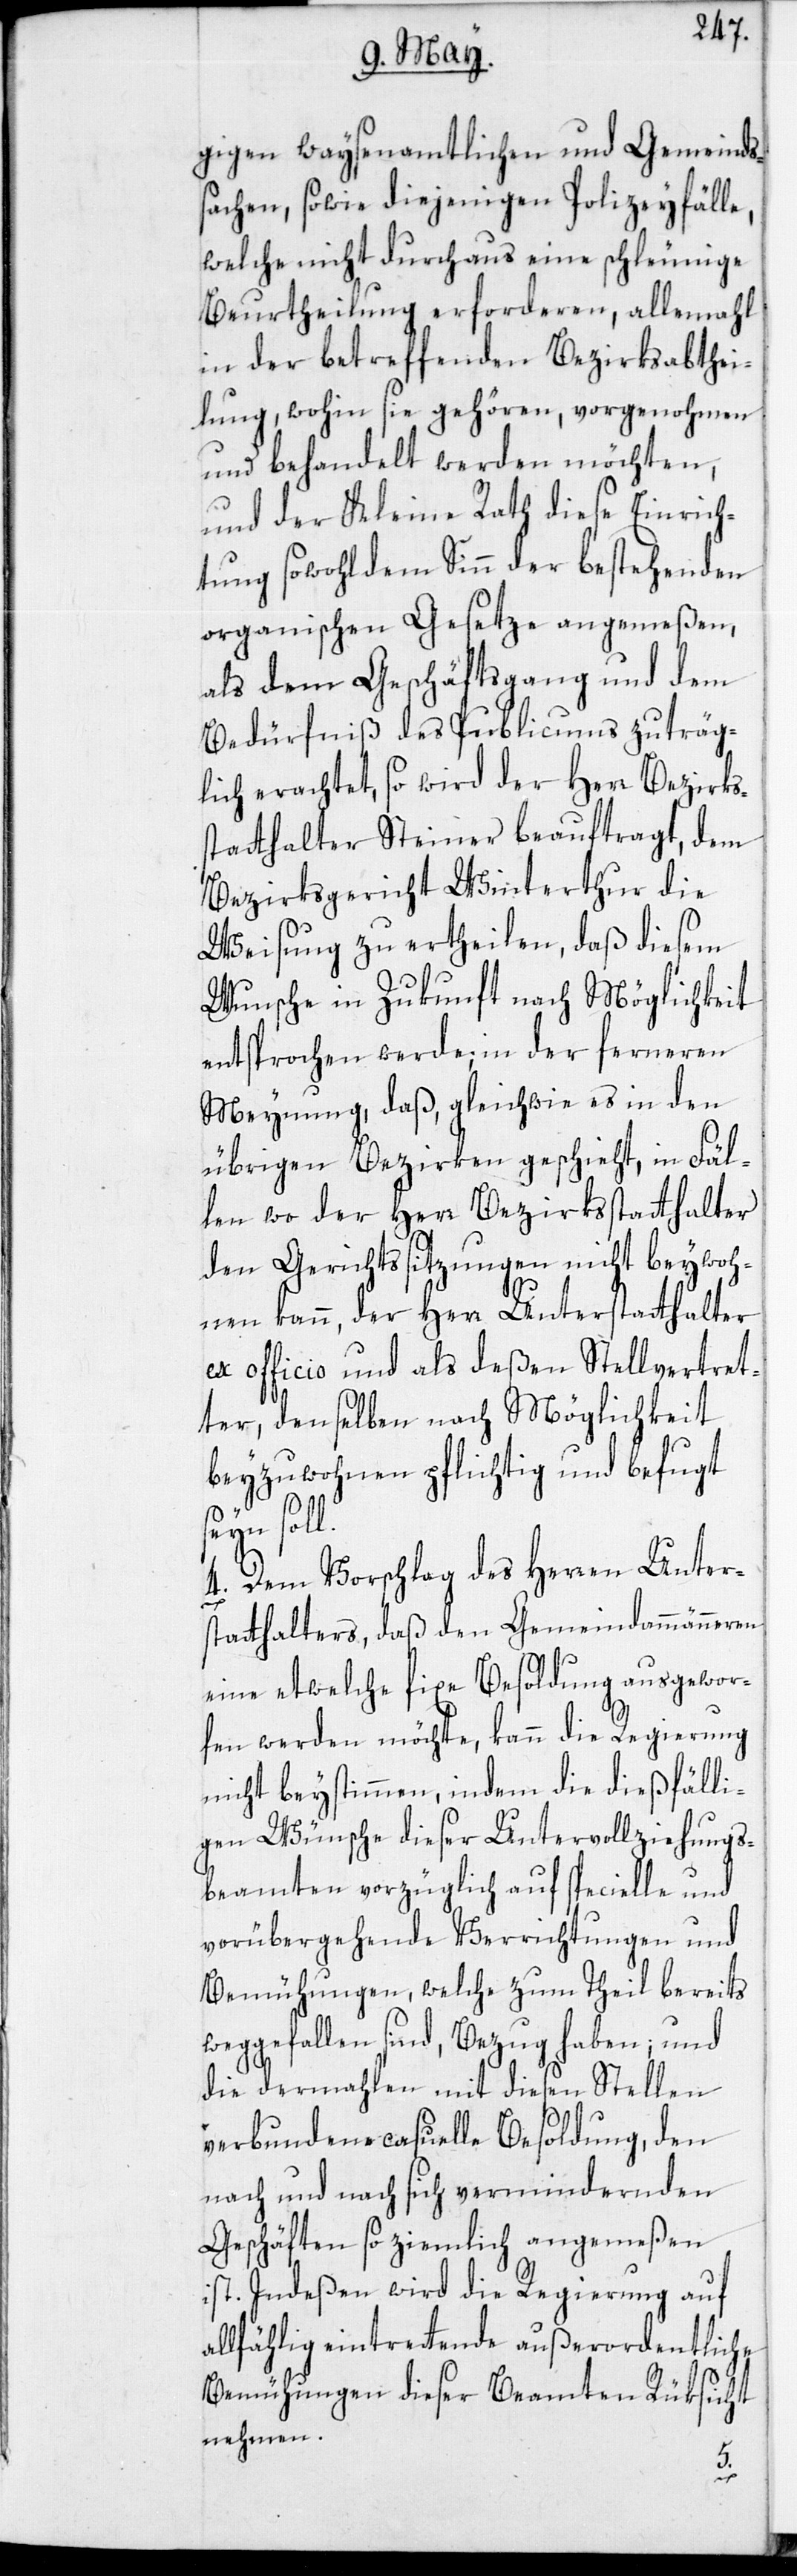
gigen waysenamtlichen und Gemeinds¬
sachen, sowie diejenigen Polizeyfälle,
welche nicht durchaus eine schleunige
Beurtheilung erforderen, allemahl
in der betreffenden Bezirksabthei¬
lung, wohin sie gehören, vorgenohmen
und behandelt werden möchten,
und der Kleine Rath diese Einrich¬
tung sowohl dem Sinn der bestehenden
organischen Gesetze angemeßen,
als dem Geschäftsgang und dem
Bedürfniß des Publicums zuträg¬
lich erachtet, so wird der Herr Bezirks¬
statthalter Steiner beauftragt, dem
Bezirksgericht Winterthur die
Weisung zu ertheilen, daß diesem
Wunsche in Zukunft nach Möglichkeit
entsprochen werde; in der ferneren
Meynung, daß, gleichwie es in den
übrigen Bezirken geschieht, in Fäl¬
len wo der Herr Bezirksstatthalter
den Gerichtssitzungen nicht beywoh¬
nen kann, der Herr Unterstatthalter
ex officio und als deßen Stellvertret¬
er, denselben nach Möglichkeit
beyzuwohnen pflichtig und befugt
seyn soll.
4. Dem Vorschlag des Herren Unter¬
statthalters, daß den Gemeindammänneren
eine etwelche fixe Besoldung ausgewor¬
fen werden möchte, kann die Regierung
nicht beystimmen, indem die dießfälli¬
gen Wünsche dieser Untervollziehungs¬
beamten vorzüglich auf specielle und
vorübergehende Verrichtungen und
Bemühungen, welche zum Theil bereits
weggefallen sind, Bezug haben; und
die dermahlen mit diesen Stellen
verbundene casuelle Besoldung, den
nach und nach sich vermindernden
Geschäften so ziemlich angemeßen
ist. Indeßen wird die Regierung auf
allfählig eintrettende außerordentliche
Bemühungen dieser Beamten Rüksicht
nehmen.